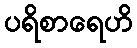
ပရိစာရေဟိ